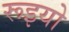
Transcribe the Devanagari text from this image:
रूइयो